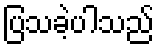
ပြသခဲ့ပါသည်